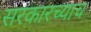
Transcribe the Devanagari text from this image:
सरकारच्याच